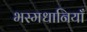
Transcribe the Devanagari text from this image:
भस्मधानियाँ